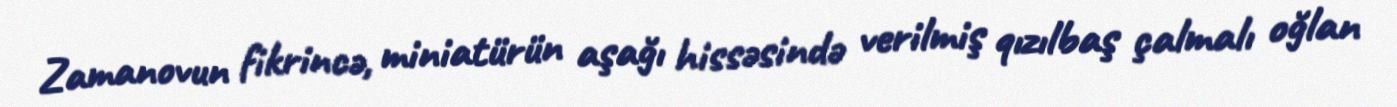
Zamanovun fikrincə, miniatürün aşağı hissəsində verilmiş qızılbaş çalmalı oğlan